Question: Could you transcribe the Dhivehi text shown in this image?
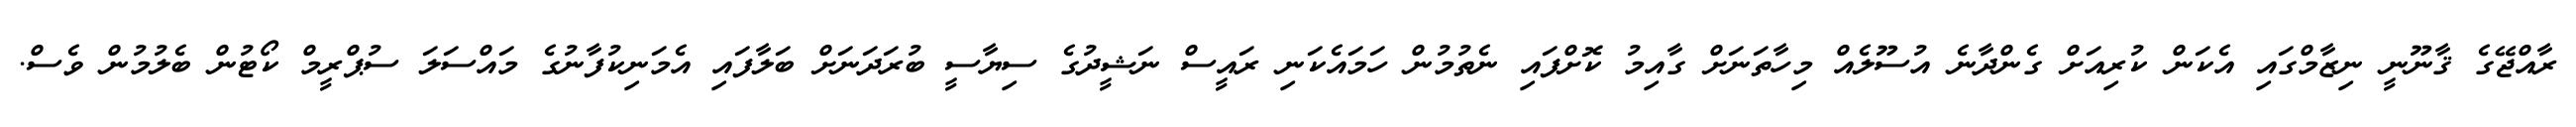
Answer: ރާއްޖޭގެ ޤާނޫނީ ނިޒާމްގައި އެކަން ކުރިއަށް ގެންދާނެ އުސޫލެއް މިހާތަނަށް ގާއިމު ކޮށްފައި ނެތުމުން ހަމައެކަނި ރައީސް ނަޝީދުގެ ސިޔާސީ ބުރަދަނަށް ބަލާފައި އެމަނިކުފާނުގެ މައްސަލަ ސުޕްރީމް ކޯޓުން ބެލުމުން ވެސް.